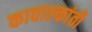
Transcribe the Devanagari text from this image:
कावाल्कांती